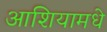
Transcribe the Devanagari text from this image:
आशियामधे